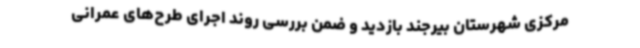
مرکزی شهرستان بیرجند بازدید و ضمن بررسی روند اجرای طرح‌های عمرانی